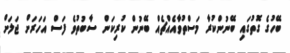
ބޭހުގެ ގޮތުގައި ބޭނުންކުރާ މަސްތުވާއެއްޗެއް ބޭނުން ކުރިކަން ސާބުތުވެ ފަސް އަހަރަށް ޖަލަށް